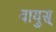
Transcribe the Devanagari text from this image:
वायुस्